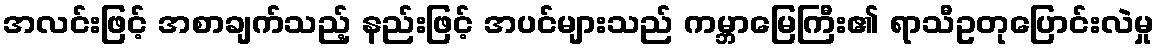
အလင်းဖြင့် အစာချက်သည့် နည်းဖြင့် အပင်များသည် ကမ္ဘာမြေကြီး၏ ရာသီဥတုပြောင်းလဲမှု